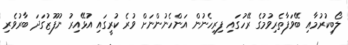
ލޯބިކުރުމާއި ބޭވަފާތެރިވުމުގެ ރޭހުގައި ފިރިހެނުން އަންހެނުންނަށް ވުރެ ކުރީގައި އުޅޭއިރު ނުފޫޒުގަދަ ބާރުވެރި